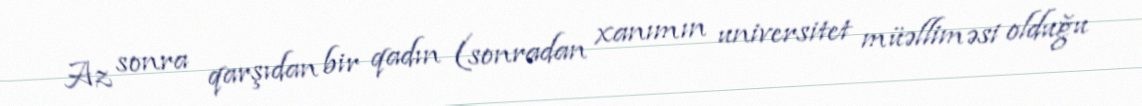
Az sonra qarşıdan bir qadın (sonradan xanımın universitet müəlliməsi olduğu